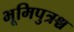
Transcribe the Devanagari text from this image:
भूमिपुत्रश्च